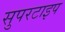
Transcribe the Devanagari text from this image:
सुपरटाइप